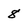
Character: 8